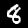
Label: 8